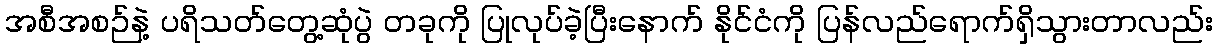
အစီအစဉ်နဲ့ ပရိသတ်တွေ့ဆုံပွဲ တခုကို ပြုလုပ်ခဲ့ပြီးနောက် နိုင်ငံကို ပြန်လည်ရောက်ရှိသွားတာလည်း